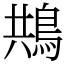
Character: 䳍